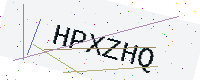
Text: HPXZHQ